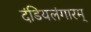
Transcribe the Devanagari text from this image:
दंडियलंगारम्